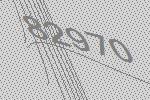
82970